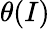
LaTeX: \theta(I)